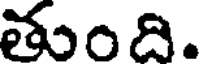
తుంది.